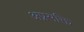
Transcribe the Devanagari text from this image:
अप्रसक्ति